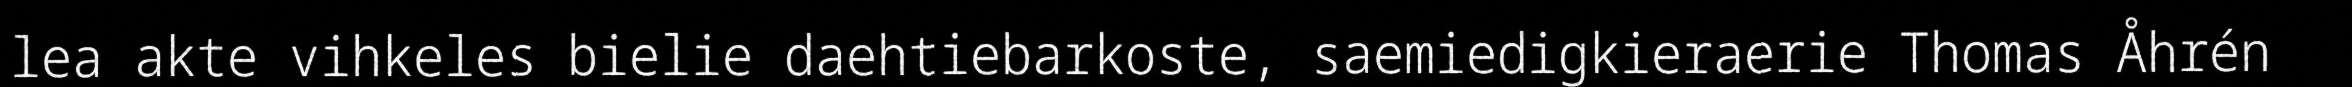
lea akte vihkeles bielie daehtiebarkoste, saemiedigkieraerie Thomas Åhrén